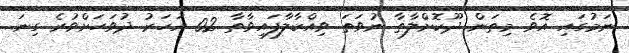
ނަމުގައި އޮވެ މިތަން ދޫކޮށްލާތާ ނުވަތަ ވިއްކާލާފައިވާތާ 02 އަހަރު ދުވަހަށްވުރެ ގިނަ